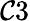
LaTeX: \mathcal{C}3